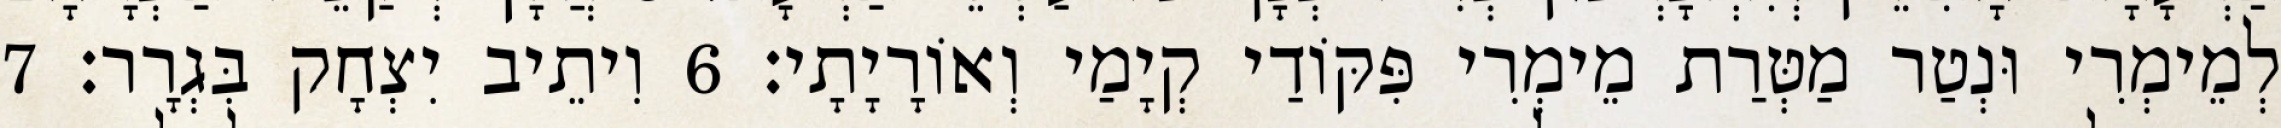
לְמֵימְרִי וּנְטַר מַטְּרַת מֵימְרִי פִּקּוֹדַי קְיָמַי וְאוֹרָיָתָי׃ 6 וִיתֵיב יִצְחָק בִּגְרָר׃ 7